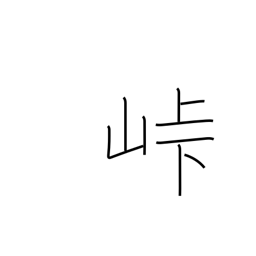
Meaning: crest